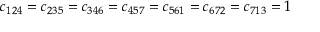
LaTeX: c _ { 1 2 4 } = c _ { 2 3 5 } = c _ { 3 4 6 } = c _ { 4 5 7 } = c _ { 5 6 1 } = c _ { 6 7 2 } = c _ { 7 1 3 } = 1